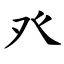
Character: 癶